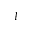
I